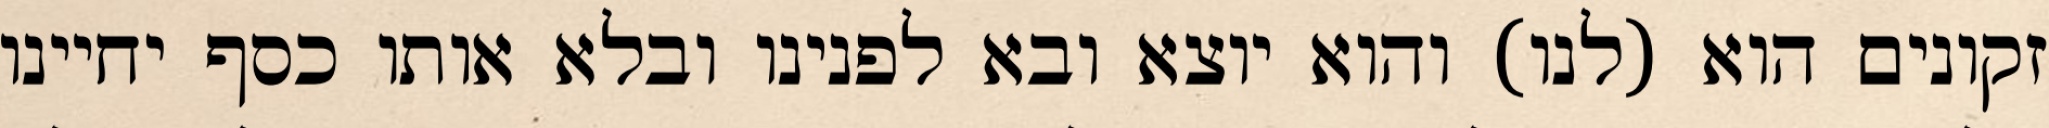
זקונים הוא (לנו) והוא יוצא ובא לפנינו ובלא אותו כסף יחיינו